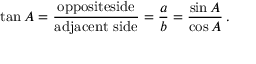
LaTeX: \tan A = { \frac { \mathrm { o p p o s i t e s i d e } } { \mathrm { a d j a c e n t ~ s i d e } } } = { \frac { a } { b } } = { \frac { \sin A } { \cos A } } \, .